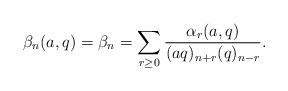
LaTeX: \begin{align*}\beta_n(a,q)=\beta_n=\sum_{r\ge0}\frac{\alpha_r(a,q)}{(aq)_{n+r}(q)_{n-r}}.\end{align*}